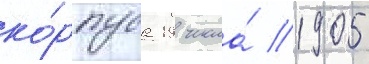
ко́рпуса 19 числа́ 1905